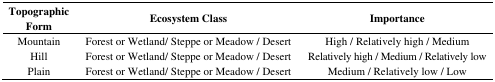
<table><thead><tr><td><b>Topographic Form</b></td><td><b>Ecosystem Class</b></td><td><b>Importance</b></td></tr></thead><tbody><tr><td>Mountain</td><td>Forest or Wetland/ Steppe or Meadow / Desert</td><td>High / Relatively high / Medium</td></tr><tr><td>Hill</td><td>Forest or Wetland/ Steppe or Meadow / Desert</td><td>Relatively high / Medium / Relatively low</td></tr><tr><td>Plain</td><td>Forest or Wetland/ Steppe or Meadow / Desert</td><td>Medium / Relatively low / Low</td></tr></tbody></table>